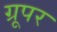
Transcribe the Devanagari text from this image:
ग्रूपर